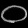
Digit: ၀